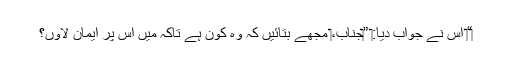
‏“‏ اُس نے جواب دیا:‏ ”‏جناب،‏ مجھے بتائیں کہ وہ کون ہے تاکہ مَیں اُس پر ایمان لاؤں؟